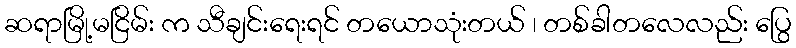
ဆရာမြို့မငြိမ်း က သီချင်းရေးရင် တယောသုံးတယ် ၊ တစ်ခါတလေလည်း ပြွေ